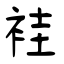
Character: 袿